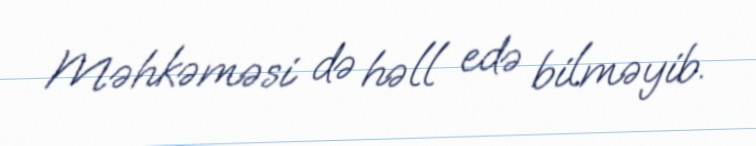
Məhkəməsi də həll edə bilməyib.